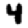
Digit: 4